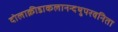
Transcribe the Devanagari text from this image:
दोलाक्रीडाकलानन्दथुपरवनिता